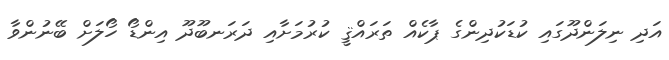
އަދި ނިލަންދޫގައި ކުޑަކުދިންގެ ޕާކެއް ތަރައްޤީ ކުރުމަށާއި ދަރަނބޫދޫ އިންޑޯ ހޯލަށް ބޭނުންވާ